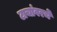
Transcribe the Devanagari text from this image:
टाचांवरचे